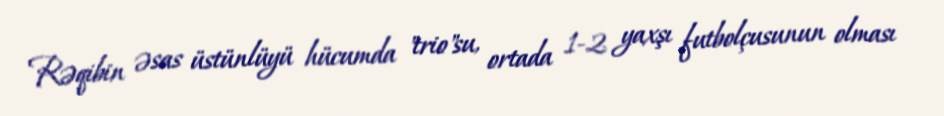
Rəqibin əsas üstünlüyü hücumda "trio"su, ortada 1-2 yaxşı futbolçusunun olması